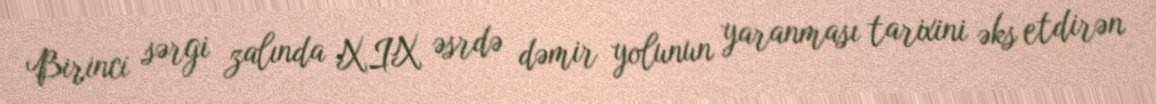
Birinci sərgi zalında XIX əsrdə dəmir yolunun yaranması tarixini əks etdirən